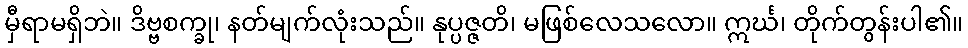
မှီရာမရှိဘဲ။ ဒိဗ္ဗစက္ခု၊ နတ်မျက်လုံးသည်။ နုပ္ပဇ္ဇတိ၊ မဖြစ်လေသလော။ ဣင်္ဃ၊ တိုက်တွန်းပါ၏။